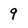
Character: 9